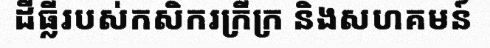
ដីធ្លីរបស់កសិករក្រីក្រ និងសហគមន៍